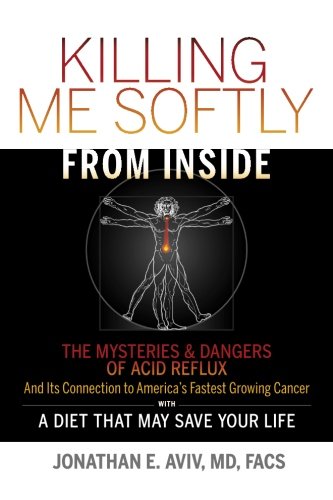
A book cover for Killing Me Softly From Inside: The Mysteries & Dangers Of Acid Reflux And Its Connection To America's Fastest Growing Cancer With A Diet That May Save Your Life; Jonathan E. Aviv; Health, Fitness & Dieting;